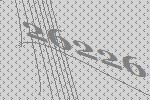
26226